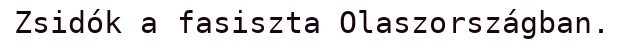
Zsidók a fasiszta Olaszországban.